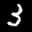
Label: 3